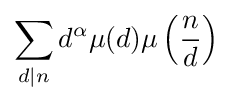
\sum _{d|n}d^{\alpha }\mu (d)\mu \left({\frac {n}{d}}\right)